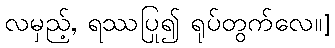
လမှည့်, ရဿပြု၍ ရုပ်တွက်လေ။]